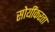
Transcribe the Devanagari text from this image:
सोयींकरता